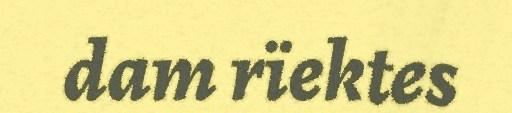
dam rïektes